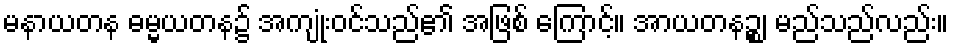
မနာယတန ဓမ္မယတန၌ အကျုံးဝင်သည်၏ အဖြစ် ကြောင့်။ အာယတနဉ္စ၊ မည်သည်လည်း။